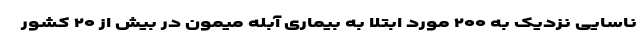
ناسایی نزدیک به ۲۰۰ مورد ابتلا به بیماری آبله میمون در بیش از ۲۰ کشور